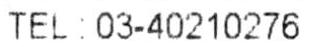
TEL:03-40210276